Report of the Indian Hemp Drugs Commission, 1894-1895 - Volume VI
Year: 1894
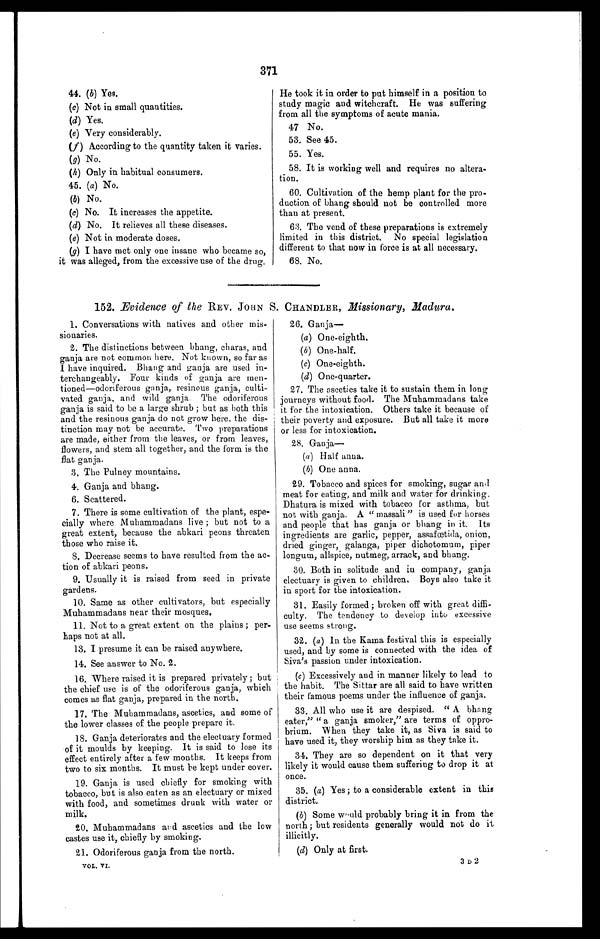
371
44. (b) Yes.
(c) Not in small quantities.
(d) Yes.
(e) Very considerably.
( f ) According to the quantity taken it varies.
(g) No.
(h) Only in habitual consumers.
45. (a) No.
(b) No.
(c) No. It increases the appetite.
(d) No. It relieves all these diseases.
(e) Not in moderate doses.
(g) I have met only one insane who became so,
it was alleged, from the excessive use of the drug.
He took it in order to put himself in a position to
study magic and witchcraft. He was suffering
from all the symptoms of acute mania.
47 No.
53. See 45.
55. Yes.
58. It is working well and requires no altera-
tion.
60. Cultivation of the hemp plant for the pro-
duction of bhang should not be controlled more
than at present.
63. The vend of these preparations is extremely
limited in this district. No special legislation
different to that now in force is at all necessary.
68. No.
152. Evidence of the REV. JOHN S. CHANDLER, M issionay Madura.
1. Conversations with natives and other mis-
sionaries.
2. The distinctions between bhang, charas, and
ganja are not common here. Not known, so far as
I have inquired. Bhang and ganja are used in-
terchangeably. Four kinds of ganja are men
- t i o n e
d—odoriferous ganja, resinous ganja, culti-
vated ganja, and wild ganja. The odoriferous
ganja is said to be a large shrub ; but as both this
and the resinous ganja do not grow here, the dis-
tinction may not be accurate. Two preparations
are made, either from the leaves, or from leaves,
flowers, and stem all together, and the form is the
flat ganja.
3. The Pulney mountains.
4. Ganja and bhang.
6. Scattered.
7. There is some cultivation of the plant, espe-
cially where Muhammadans live ; but not to a
great extent, because the abkari peons threaten
those who raise it.
8. Decrease seems to have resulted from the ac-
tion of abkari peons.
9. Usually it is raised from seed in private
gardens.
10. Same as other cultivators, but especially
Muhammadans near their mosques.
11. Not to a great extent on the plains ; per-
haps not at all.
13. I presume it can be raised anywhere.
14. See answer to No..2.
16. Where raised it is prepared privately; but
the chief use is of the odoriferous ganja, which
comes as flat ganja, prepared in the north.
17. The Muhammadans, ascetics, and some of
the lower classes of the people prepare it.
18. Ganja deteriorates and the electuary formed
of it moulds by keeping. It is said to lose its
effect entirely after a few months. It keeps from
two to six months. It must 1,e kept under cover.
19. Ganja is used chiefly for smoking with
tobacco, but is also eaten as an electuary or mixed
with food, and sometimes drunk with water or
milk.
20. Muhammadans aid ascetics and the low
castes use it, chiefly by smoking.
21. Odoriferous ganja from the north.
VOL. VI.
26. Ganja
—
(a) One-eighth.
(b) One-half.
(c) One-eighth.
(d) One-quarter.
27. The ascetics take it to sustain them in long
journeys without food. The Muhammadans take
it for the intoxication. Others take it because of
their poverty and exposure. But all take it more
or less for intoxication.
28. Ganja
—
(a) Half anna.
(4) One anna.
29. Tobacco and spices for smoking, sugar anal
meat for eating, and milk and water for drinking.
Dhatura is mixed with tobacco for asthma, but
not with ganja. A " massali" is used for horses
and people that has ganja or bhang in it. Its
ingredients are garlic, pepper, assafœtida, onion,
dried ginger, galanga, piper dichotomum, piper
longum, allspice, nutmeg, arrack, and bhang.
30. Both in solitude and in company, ganja
electuary is given to children. Boys also take it
in sport for the intoxication.
31. Easily formed ; broken off with great diffi-
culty. The tendency to develop into excessive
use seems strong.
32. (a) In the Kama festival this is especially
used, and by some is connected with the idea of
Siva's passion under intoxication.
(c) Excessively and in manner likely to lead to
the habit. The Sittar are all said to have written
their famous poems under the influence of ganja.
33. All who use it are despised. " A bhang
eater," " a ganja smoker," are terms of oppro-
brium. When they take it, as Siva is said to
have used it, they worship him as they take it.
34. They are so dependent on it that very
likely it would cause them suffering to drop it at
once.
35. (a) Yes; .to a considerable extent in this
district,
(6) Some would probably bring it in from the
north; but residents generally would not do it
illicitly.
(d) Only at first.
3 D 2